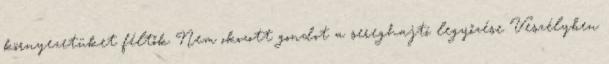
környezetüket féltők Nem okozott gondot a sereghajtó legyőzése Veszélyben